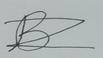
Signature authenticity: forged